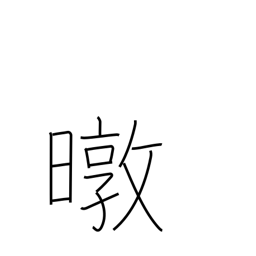
Meaning: sun's rays